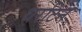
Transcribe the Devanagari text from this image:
थरटिन